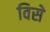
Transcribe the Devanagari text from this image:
विसे